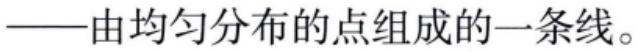
——由均匀分布的点组成的一条线。